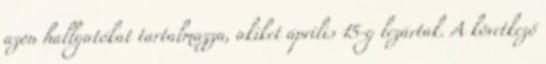
azon hallgatókat tartalmazza, akiket április 15-g lezártak. A következő